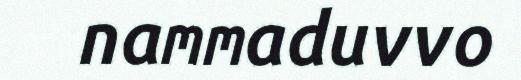
nammaduvvo